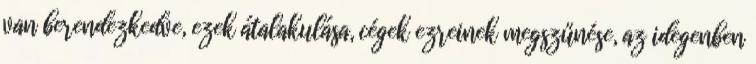
van berendezkedve, ezek átalakulása, cégek ezreinek megszűnése, az idegenben